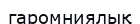
гаромниялық